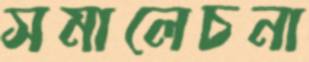
সমালেচনা